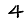
Digit: 4